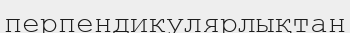
перпендикулярлықтан